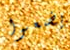
يضعوا